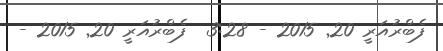
ފެބްރުއަރީ 20